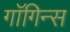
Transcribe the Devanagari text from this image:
गाॅगिन्स